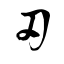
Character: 刃